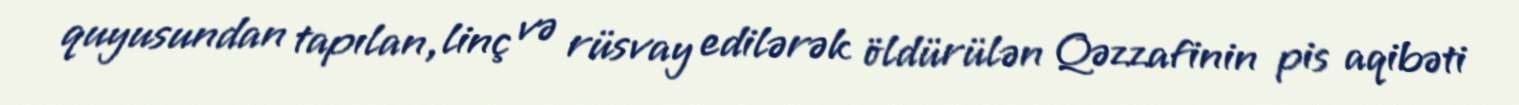
quyusundan tapılan, linç və rüsvay edilərək öldürülən Qəzzafinin pis aqibəti